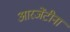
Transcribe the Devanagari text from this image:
आरजेंटीना